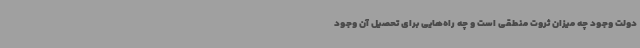
دولت وجود چه میزان ثروت منطقی است و چه راه‌هایی برای تحصیل آن وجود